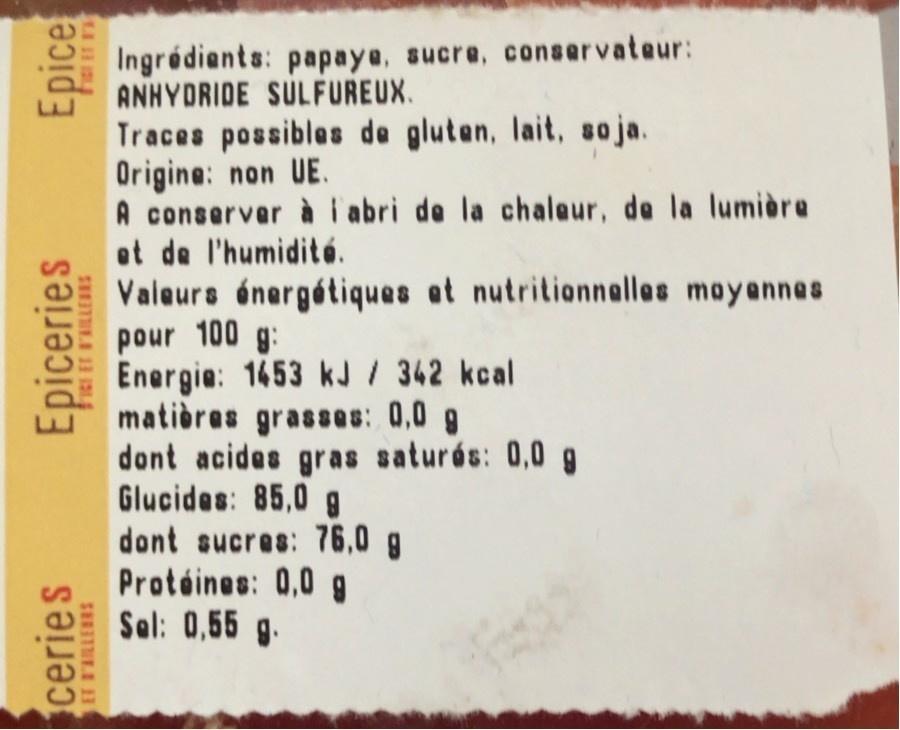
Ingrédients: papaye, sucre, conaservateur: ANHYDRIDE SULFUREUX.
Traces possibles de gluten, lait, soja. Origine: non UE. A conserver à i abri de la chaleur, de la lumière et de l'humidité.
Valeurs énergétiques at nutritionnalles moyannes pour 100 g: Energie: 1453 kJ / 342 kcal matières grasses: 0,0 g dont acides gras saturós: 0,0 g Glucides: 85,0 g dont sucres: 76,0 g Protéines: 0,0 g Sel: 0,55 g.
ceries
Epiceries
Epice
ET FIRLERRS
SHEITHEA 13 I2